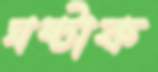
ঘষ্‌টাক